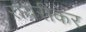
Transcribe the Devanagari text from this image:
रायरीकर